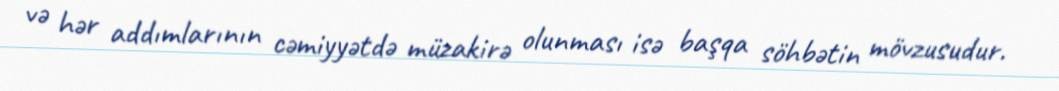
və hər addımlarının cəmiyyətdə müzakirə olunması isə başqa söhbətin mövzusudur.